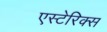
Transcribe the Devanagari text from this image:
एस्टेरिक्स